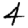
Digit: 4